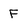
Character: F